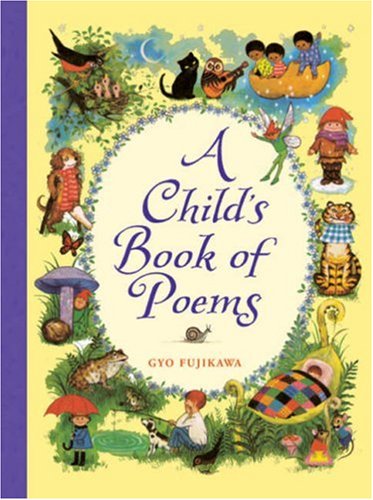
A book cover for A Child's Book of Poems; Children's Books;